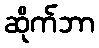
ဆိုက်ဘာ